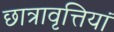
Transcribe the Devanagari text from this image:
छात्रावृत्तियां